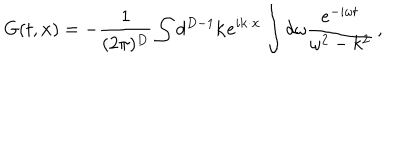
LaTeX: G ( t , { \bf x } ) = - \frac { 1 } { ( 2 \pi ) ^ { D } } \int d ^ { D - 1 } { \bf k } e ^ { i { \bf k } \cdot { \bf x } } \int d \omega \frac { e ^ { - i \omega t } } { \omega ^ { 2 } - k ^ { 2 } } \, ,